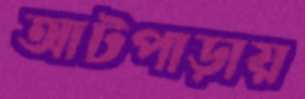
আটপাড়ায়